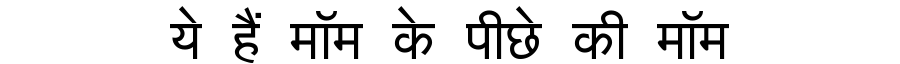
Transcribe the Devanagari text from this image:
ये हैं मॉम के पीछे की मॉम